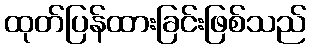
ထုတ်ပြန်ထားခြင်းဖြစ်သည်